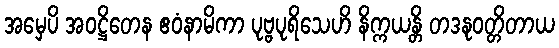
အမှေပိ အဝဋ္ဌိတေန ဧဝံနာမိကာ ပုဗ္ဗပုရိသေဟိ နိက္ကယန္တိ တဒနုဝတ္တိတာယ